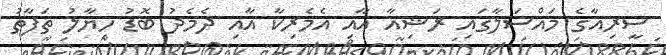
ސީރިއާގެ މައްސަލާގައި ރަޝިއާ އާއި އެމެރިކާ އާއި ދެމެދު ބޮޑު ހިޔާލު ތަފާތު